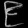
Digit: ၉